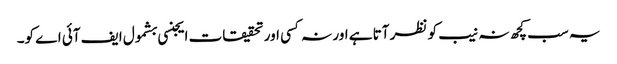
یہ سب کچھ نہ نیب کو نظر آتا ہے اور نہ کسی اور تحقیقات ایجنسی بشمول ایف آئی اے کو۔